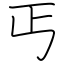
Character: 丐